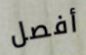
أفصل